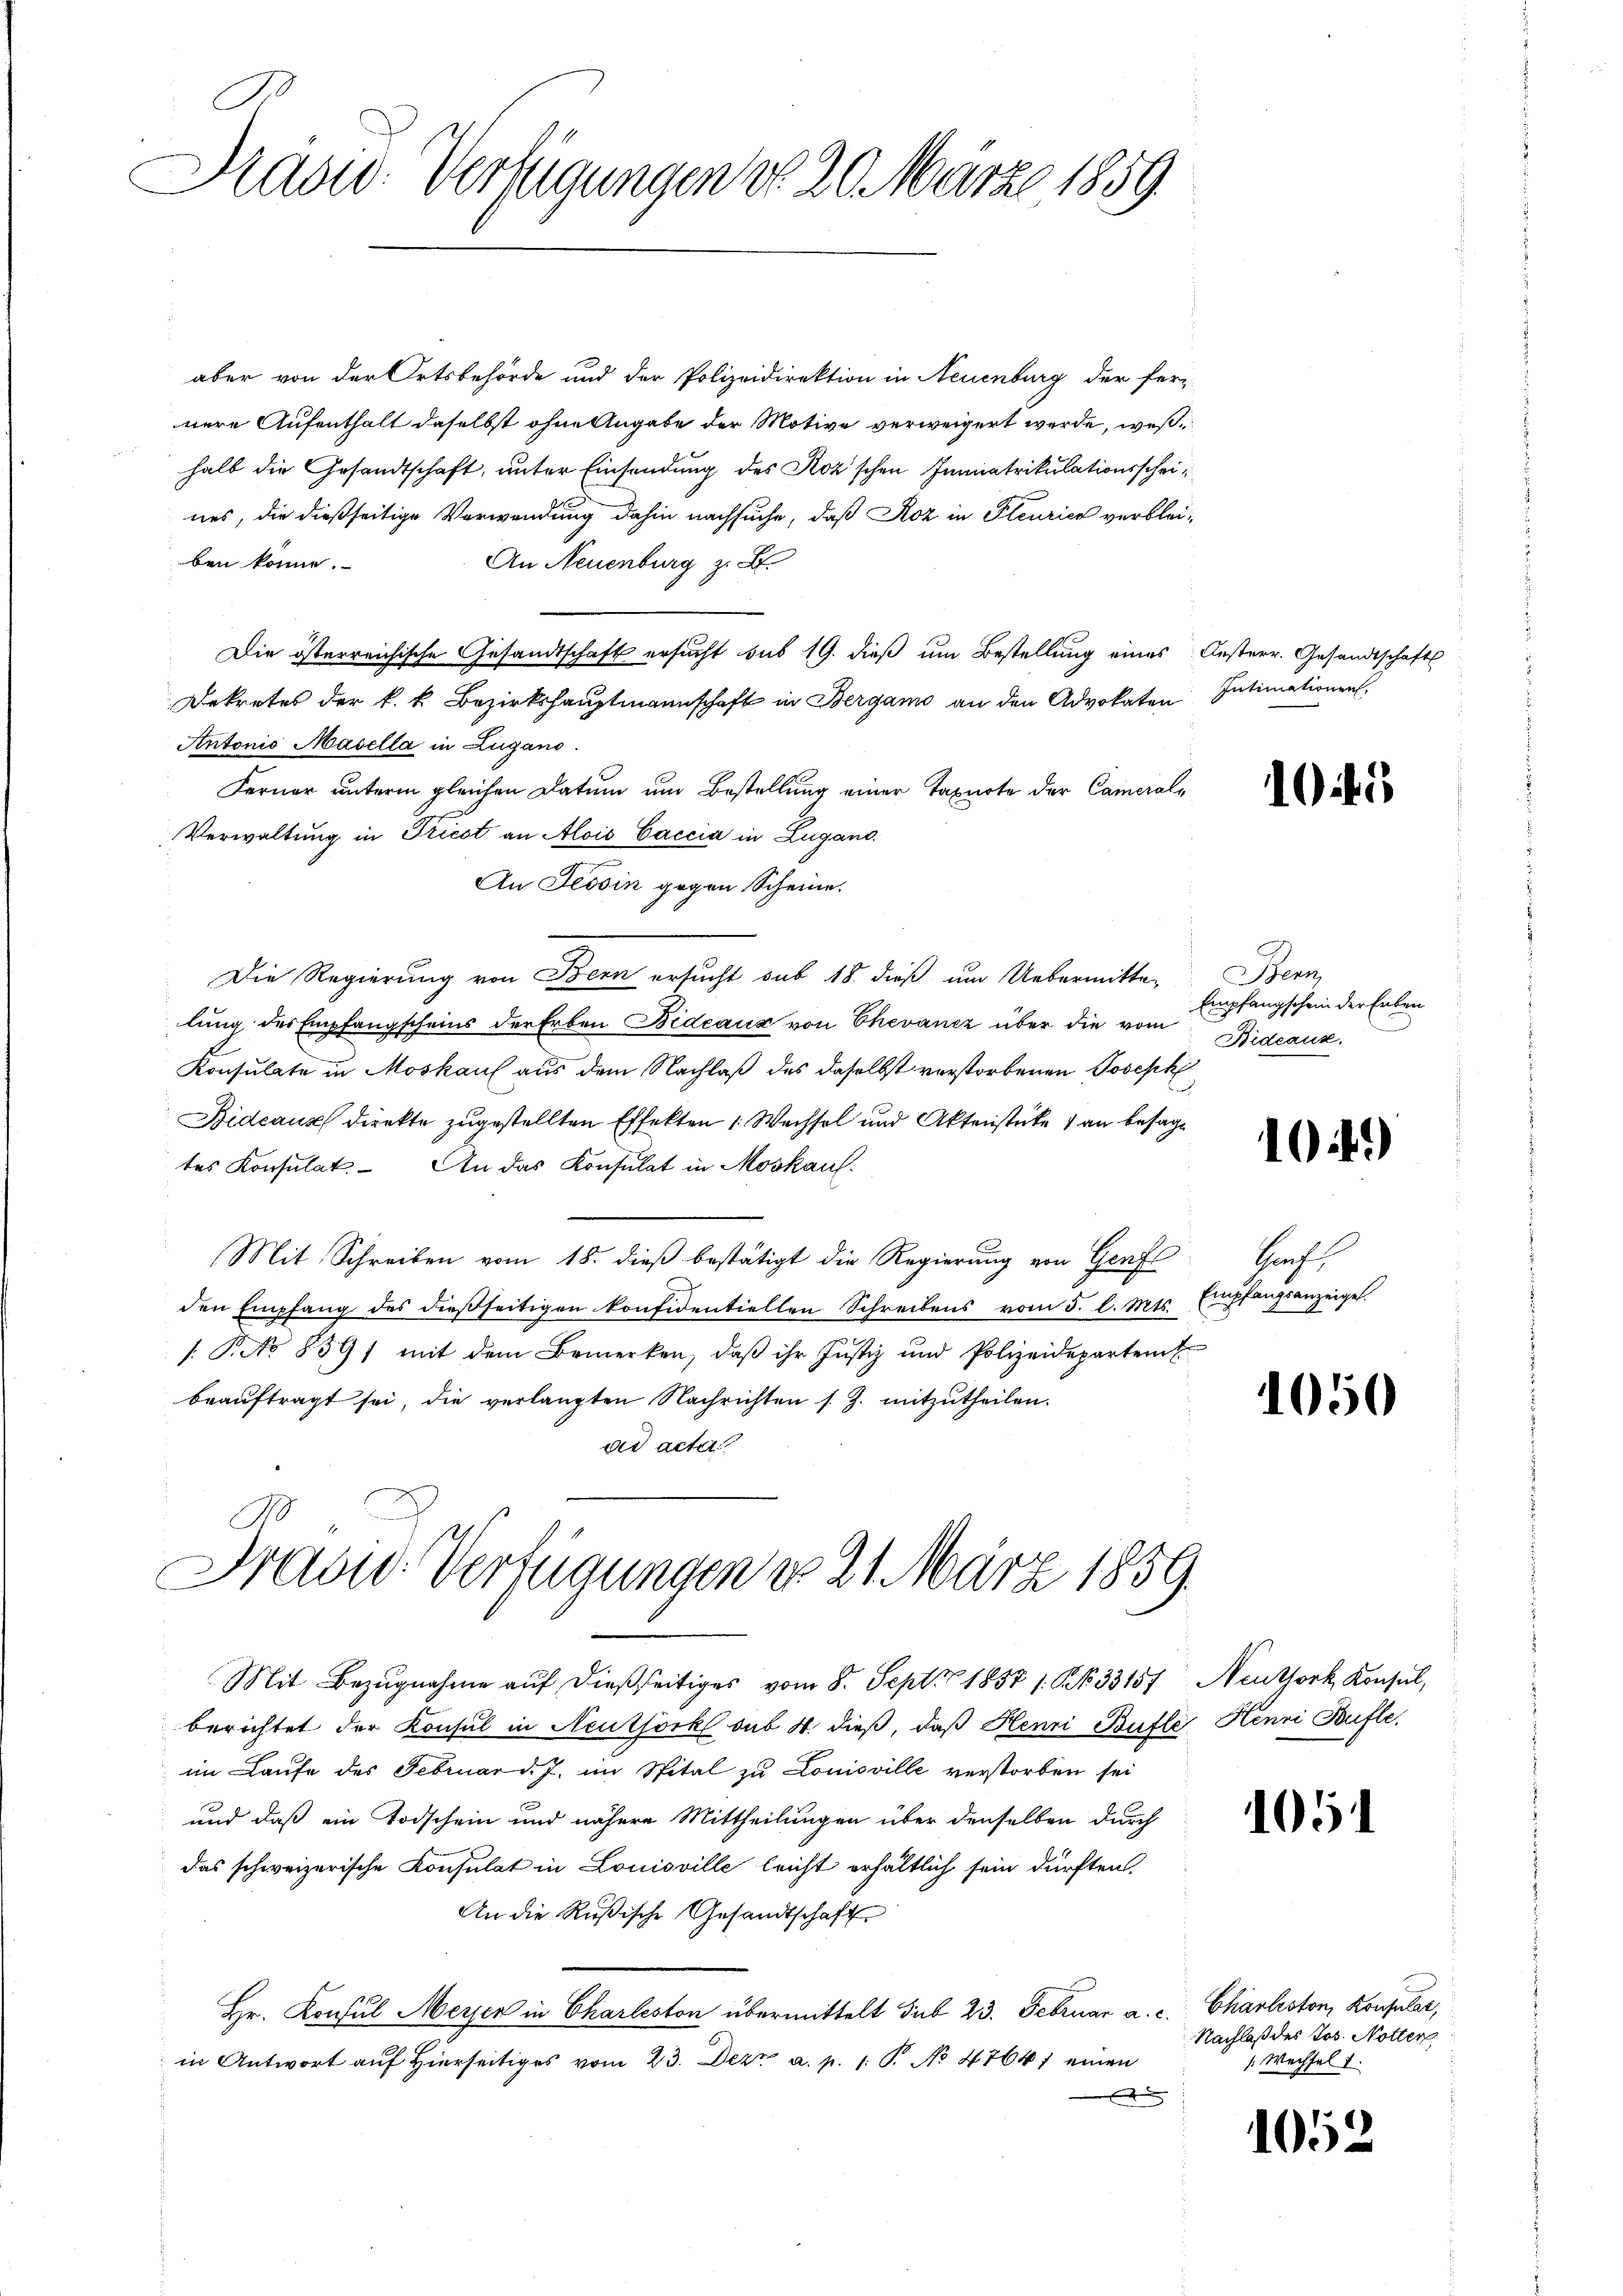
Ras: Verlegungen d. 20. März 1859.

aber von der Ortsbehörde und der Polizeidirektion in Neuenburg der fernere Aufenthalt daselbst ohne Angabe der Motive verweigert werde, weßhalb die Gesandtschaft, unter Einsendung des Koz'schen Immatrikulationsscheines, die dießseitige Verwendung dahin nachsuche, daß Roz in Pleuricz verblei¬
An Neuenburg z. B.
ben könne.
Die österreichische Gesandtschaft ersucht sub 19. dieß um Bestellung eines Oesterr. Gesandtschafts
Dekretes der k. k. Bezirkshauptmannschaft in Bergamo an den Advokaten Intimationen,
Antonio Masella in Lugano
Ferner unterm gleichen Datum um Bestellung einer Taxirte der Cameral¬
Verwaltung in Priest an Alois Caccia in Lugand
An Tessin gegen Scheine.
Die Regierung von Bern ersucht sub 18. dieß um Uebermitte-
lung des Empfangscheins der Erben Bideaux von Chevancz über die vom
Konsulate in Moskauf aus dem Nachlaß des daselbst verstorbenen Joseph
Bideaus direkte zugestellten Effekten 1 Wechsel und Aktenstücke 1 an besage
tes Konsulat - An das Konsulat in Moskauf.
Mit Schreiben vom 18. dieβ bestätigt die Regierung von Genf Graf,
den Empfang des dießseitigen konfidentiellen Schreibens vom 5. l. Mts. Empfangsanzeiges
/. P. No 839) mit dem Bemerken, daβ ihr Justiz und Polizeidepartent
beaŭftragt sei, die verlangten Nachrichten s. Z. mitzŭtheilen.
ad acter
Frasw. Verfügungen d. 21. März 1859.
Mit Bezugnahme auf dießseitiges vom 8. Sept 1858 s. B. 33157, Neuthork, Konsul,
berichtet der Konsul in Neuthork sub 4. dieß, daß Henri Bütle Henri Bufle
im Laufe des Februar d. J. im Spital zu Louisville verstorben sei
und daß ein Todschein und nähere Mittheilungen über denselben durch
das schweizerische Konsulat in Louisville leicht erhältlich sein dürften.
An die Rußische Gesandtschaft
Hr. Konsul Merzen in Charleston übermittelt sub 23. Februar a. c. Charleston, Konsuler,
in Antwort auf hierseitiges vom 23. Dezz a. p. 1. P. No 47641 einen
f

10

Bern,
Empfangschein der Erben
Bideaus.

104)

1050

1051

1052

Nachlaß des Jos. Notter
1 Wechsel 1